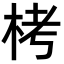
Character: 栲